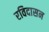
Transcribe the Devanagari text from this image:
रविदासन